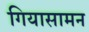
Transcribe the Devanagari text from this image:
गियासामन